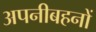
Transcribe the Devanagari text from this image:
अपनीबहनों